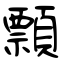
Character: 顠